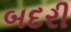
બદરી